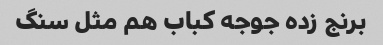
برنج زده جوجه کباب هم مثل سنگ